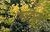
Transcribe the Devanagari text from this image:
हर्न्देन